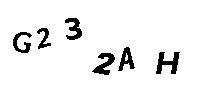
G232AH